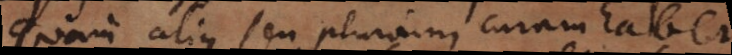
quam alius, seu plurium curam habet